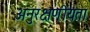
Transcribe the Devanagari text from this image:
अनुरक्षणीयता